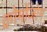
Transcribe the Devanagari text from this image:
क्रोमोंजोम